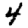
Digit: 4